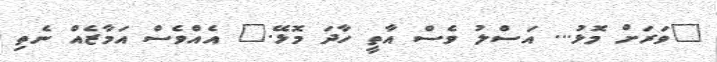
"ވަރަށް މޮޅު... އަސްލު ވެސް އާތީ ހާދަ މޮޅޭ." އެއްވެސް އަމާޒެއް ނެތި